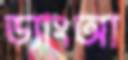
ড্যাংআ